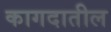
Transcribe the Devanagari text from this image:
कागदातील